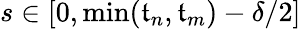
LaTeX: s\in[0,\operatorname*{min}(\mathfrak{t}_{n},\mathfrak{t}_{m})-\delta/2]